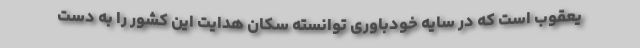
یعقوب است که در سایه خودباوری توانسته سکان هدایت این کشور را به دست